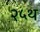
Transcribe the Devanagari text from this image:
२५थ